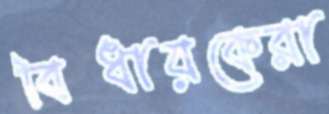
বিধায়কেরা